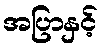
အပြာနှင့်